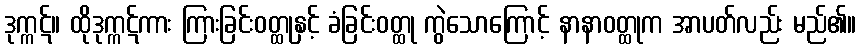
ဒုက္ကဋ်။ ထိုဒုက္ကဋ်ကား ကြားခြင်းဝတ္ထုနှင့် ခံခြင်းဝတ္ထု ကွဲသောကြောင့် နာနာဝတ္ထုက အာပတ်လည်း မည်၏။